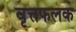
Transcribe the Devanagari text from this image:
वृत्तफलक